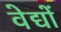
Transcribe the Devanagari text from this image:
वेद्यों